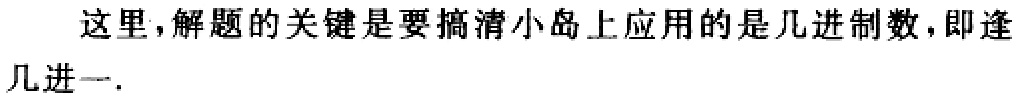
这里，解题的关键是要搞清小岛上应用的是几进制数，即逢几进一.